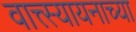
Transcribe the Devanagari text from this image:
वात्त्स्यायनाच्या